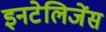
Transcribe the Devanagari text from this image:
इनटेलिजेंस